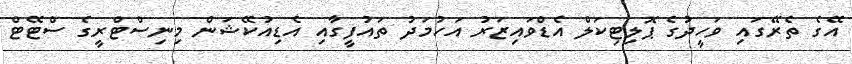
އޭގެ ތެރޭގައި ވަހީދުގެ ޕޮލިޓިކަލް އެޑްވައިޒަރު އަހުމަދު ތައުފީގާއި އެޑިއުކޭޝަން މިނިސްޓްރީގެ ސްޓޭޓް